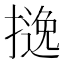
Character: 𱠵